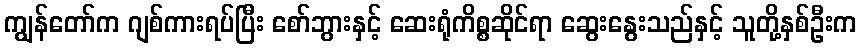
ကျွန်တော်က ဂျစ်ကားရပ်ပြီး စော်ဘွားနှင့် ဆေးရုံကိစ္စဆိုင်ရာ ဆွေးနွေးသည်နှင့် သူတို့နှစ်ဦးက